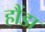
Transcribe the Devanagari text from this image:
हौंडा